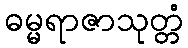
ဓမ္မရာဇာသုတ္တံ